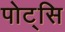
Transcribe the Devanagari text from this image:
पोट्सि